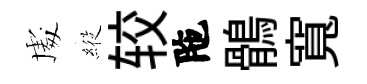
䖏𦂵较陁鶻寬